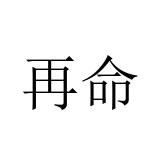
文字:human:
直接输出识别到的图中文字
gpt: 再命